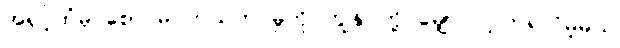
အရှင့်ထံမှ စောင်မ ကယ်တင်မှုကို ကျွန်ုပ်တို့ မျှော်လင့်ကြရလိမ့်မယ်